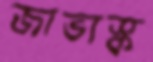
জাভাস্ক